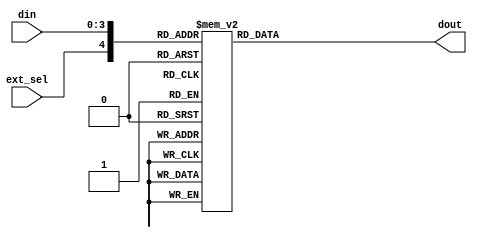
// This program was cloned from: https://github.com/briansune/USB-PD-3.1-Verilog
// License: MIT License

//  ____         _                ____                      
// | __ )  _ __ (_)  __ _  _ __  / ___|  _   _  _ __    ___ 
// |  _ \ | '__|| | / _` || '_ \ \___ \ | | | || '_ \  / _ \
// | |_) || |   | || (_| || | | | ___) || |_| || | | ||  __/
// |____/ |_|   |_| \__,_||_| |_||____/  \__,_||_| |_| \___|
//                                                          
// Programed By: BrianSune
// Contact: briansune@gmail.com
// 


`timescale 1ns/1ps

module enc_4b5b(
	
	input	[3 : 0]		din,
	input				ext_sel,
	output	[4 : 0]		dout
);
	
	// reg		[4 : 0]		lut_4b5b	[0 : 21];
	
	// initial begin
		// lut_4b5b[0]  <= 5'b11110;
		// lut_4b5b[1]  <= 5'b01001;
		// lut_4b5b[2]  <= 5'b10100;
		// lut_4b5b[3]  <= 5'b10101;
		// lut_4b5b[4]  <= 5'b01010;
		// lut_4b5b[5]  <= 5'b01011;
		// lut_4b5b[6]  <= 5'b01110;
		// lut_4b5b[7]  <= 5'b01111;
		// lut_4b5b[8]  <= 5'b10010;
		// lut_4b5b[9]  <= 5'b10011;
		// lut_4b5b[10] <= 5'b10110;
		// lut_4b5b[11] <= 5'b10111;
		// lut_4b5b[12] <= 5'b11010;
		// lut_4b5b[13] <= 5'b11011;
		// lut_4b5b[14] <= 5'b11100;
		// lut_4b5b[15] <= 5'b11101;
		
		// lut_4b5b[16] <= 5'b11000; // sync-1
		// lut_4b5b[17] <= 5'b10001; // sync-2
		// lut_4b5b[18] <= 5'b00111; // rst-1
		// lut_4b5b[19] <= 5'b11001; // rst-2
		// lut_4b5b[20] <= 5'b01101; // eop
		// lut_4b5b[21] <= 5'b00110; // sync-3
	// end
	
	reg		[4 : 0]		lut_4b5b;
	
	always@(*)begin
		case({ext_sel, din})
			5'd0:	lut_4b5b = 5'b11110;
			5'd1:	lut_4b5b = 5'b01001;
			5'd2:	lut_4b5b = 5'b10100;
			5'd3:	lut_4b5b = 5'b10101;
			5'd4:	lut_4b5b = 5'b01010;
			5'd5:	lut_4b5b = 5'b01011;
			5'd6:	lut_4b5b = 5'b01110;
			5'd7:	lut_4b5b = 5'b01111;
			5'd8:	lut_4b5b = 5'b10010;
			5'd9:	lut_4b5b = 5'b10011;
			5'd10:	lut_4b5b = 5'b10110;
			5'd11:	lut_4b5b = 5'b10111;
			5'd12:	lut_4b5b = 5'b11010;
			5'd13:	lut_4b5b = 5'b11011;
			5'd14:	lut_4b5b = 5'b11100;
			5'd15:	lut_4b5b = 5'b11101;
			// 1 XXXX
			5'd16:	lut_4b5b = 5'b11000; // sync-1
			5'd17:	lut_4b5b = 5'b10001; // sync-2
			5'd18:	lut_4b5b = 5'b00111; // rst-1
			5'd19:	lut_4b5b = 5'b11001; // rst-2
			5'd20:	lut_4b5b = 5'b01101; // eop
			5'd21:	lut_4b5b = 5'b00110; // sync-3
			default:lut_4b5b = 5'b00000;
		endcase
	end
	
	assign dout = lut_4b5b;
	
endmodule